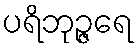
ပရိဘုဉ္ဇရေ